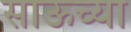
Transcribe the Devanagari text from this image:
साऊच्या